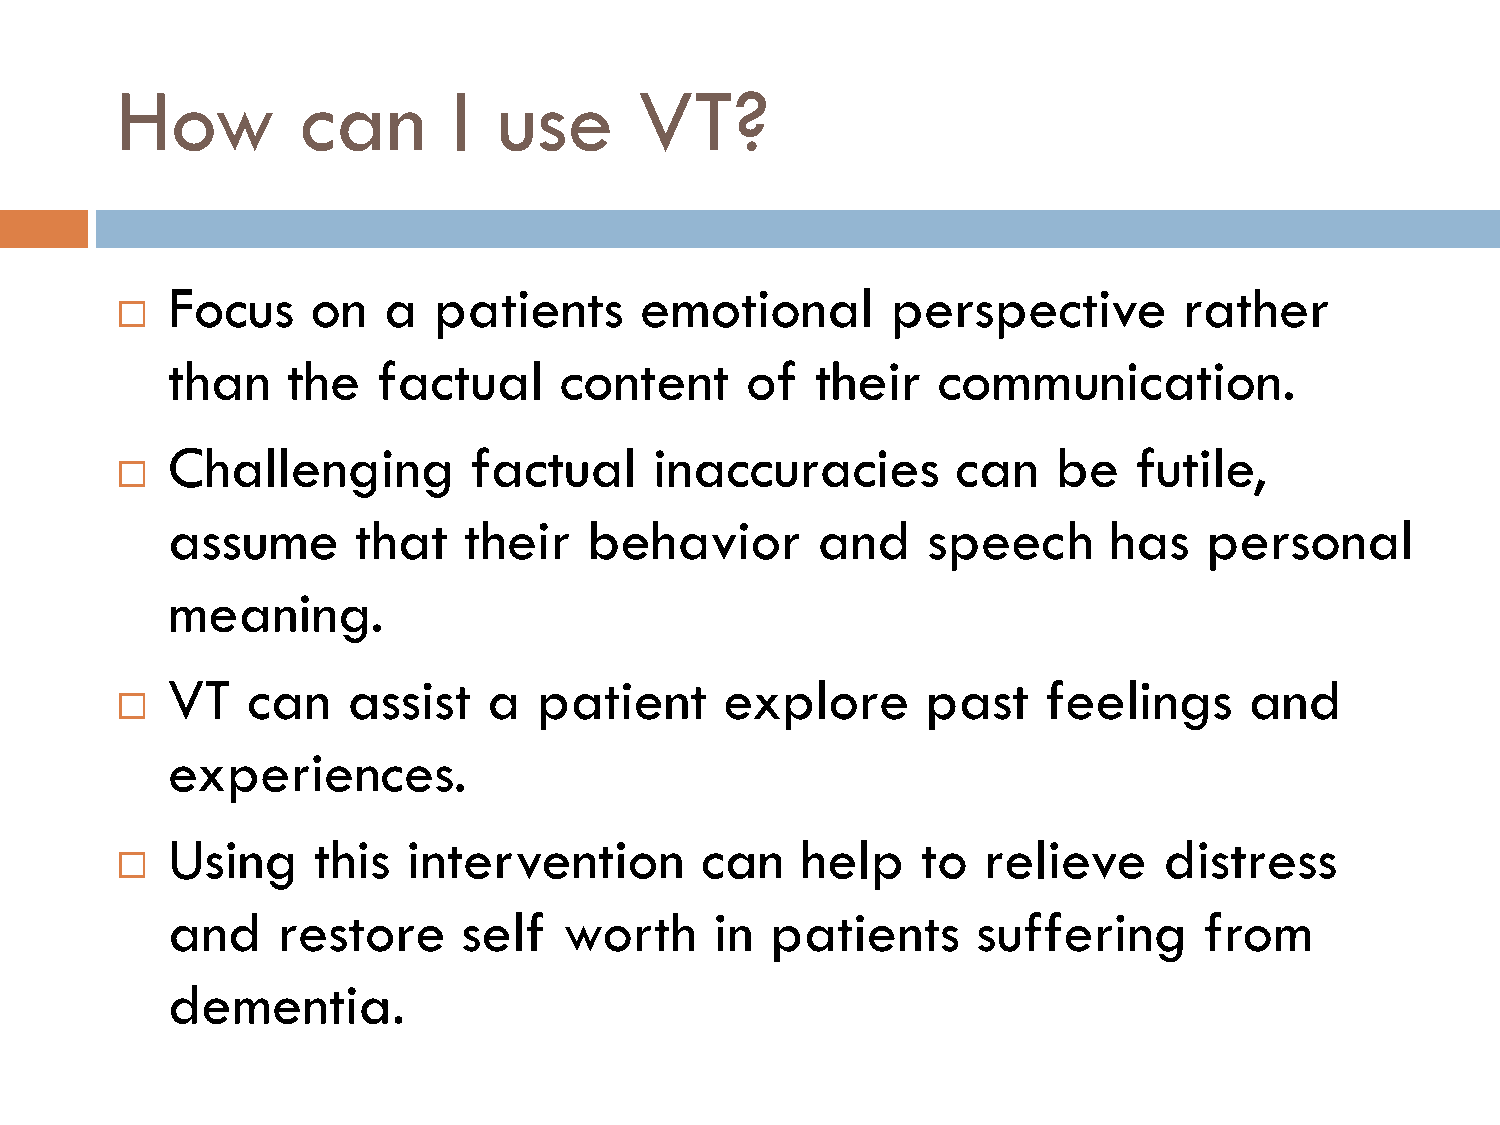
How         can       I  use      VT?
 Focus     on  a   patients     emotional        perspective        rather
 
 than    the   factual     content     of   their   communication.
 Challenging         factual     inaccuracies        can    be   futile,
 
 assume      that    their   behavior       and    speech      has    personal
 meaning.
 VT   can    assist   a   patient     explore      past    feelings      and
 
 experiences.
 Using     this  intervention       can    help    to  relieve     distress
 
 and    restore      self  worth     in  patients      suffering      from
 dementia.